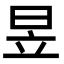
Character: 昱